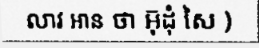
លាវ អាន ថា អ៊ុដុំ សៃ )